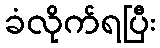
ခံလိုက်ရပြီး